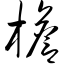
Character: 檐